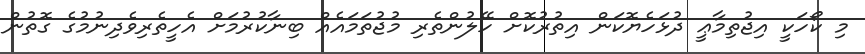
މި ކޯހަކީ އިޖުތިމާޢީ ދުޅަހެޔޮކަން އިތުރުކޮށް ހޭލުންތެރި މުޖުތަމައެއް ބިނާކުރުމަށް އެހީތެރިވެދިނުމުގެ ގޮތުން